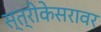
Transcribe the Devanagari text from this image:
स्त्रीकेसरावर